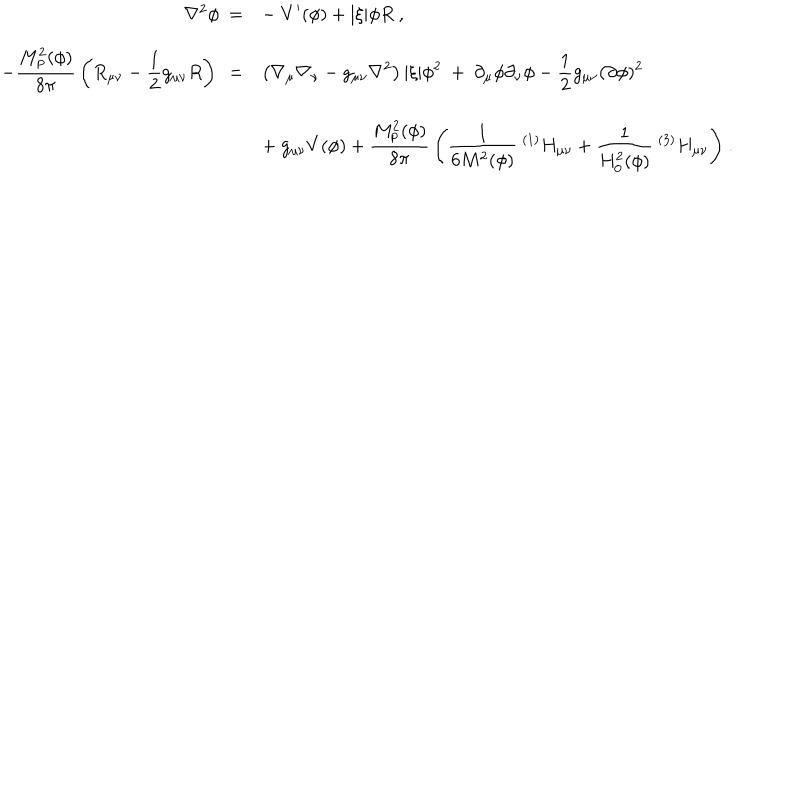
LaTeX: \begin{array} { r l } { { \nabla ^ { 2 } \phi \ = } } & { { { \displaystyle - \ V ^ { \prime } ( \phi ) + | \xi | \phi R \ , } } } \\ { { { \displaystyle - { \frac { M _ { \mathrm { p } } ^ { 2 } ( \phi ) } { 8 \pi } } \left( R _ { \mu \nu } - { \frac { 1 } { 2 } } g _ { \mu \nu } R \right) \ = } } } & { { { \displaystyle \left( \nabla _ { \mu } \nabla _ { \nu } - g _ { \mu \nu } \nabla ^ { 2 } \right) | \xi | \phi ^ { 2 } \ + \ \partial _ { \mu } \phi \partial _ { \nu } \phi - { \frac { 1 } { 2 } } g _ { \mu \nu } ( \partial \phi ) ^ { 2 } } } } \\ { { } } & { { { \displaystyle + \ g _ { \mu \nu } V ( \phi ) + { \frac { M _ { \mathrm { p } } ^ { 2 } ( \phi ) } { 8 \pi } } \left( { \frac { 1 } { 6 M ^ { 2 } ( \phi ) } } \ ^ { ( 1 ) } H _ { \mu \nu } + { \frac { 1 } { H _ { 0 } ^ { 2 } ( \phi ) } } \ ^ { ( 3 ) } H _ { \mu \nu } \right) } \ . } } \\ \end{array}